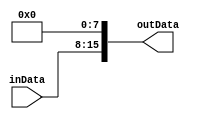
`timescale 1ns / 1ps
//////////////////////////////////////////////////////////////////////////////////
// Company: 
// Engineer: 
// 
// Design Name: 
// Module Name:    ShiftLeft8 
// Project Name: 
// Target Devices: 
// Tool versions: 
// Description: 
//
// Dependencies: 
//
// Revision: 
// Revision 0.01 - File Created
// Additional Comments: 
//
//////////////////////////////////////////////////////////////////////////////////
module ShiftLeft8(
    input [7:0] inData,
    output [15:0] outData
    );

	assign outData = {{inData[7:0]},{8{1'b0}}};
	
endmodule